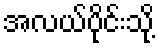
အလယ်ပိုင်းသို့